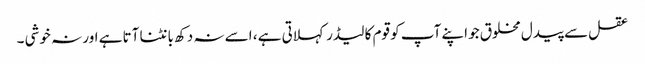
عقل سے پیدل مخلوق جو اپنے آپ کو قوم کا لیڈر کہلاتی ہے ، اسے نہ دکھ بانٹنا آتا ہے اور نہ خوشی ۔